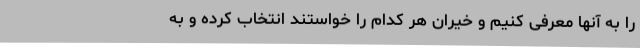
را به آنها معرفی کنیم و خیران هر کدام را خواستند انتخاب کرده و به